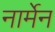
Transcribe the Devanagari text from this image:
नार्मेन